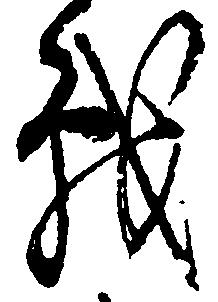
戦